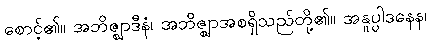
စောင့်၏။ အဘိဇ္ဈာဒီနံ၊ အဘိဇ္ဈာအစရှိသည်တို့၏။ အနူပ္ပါဒနေန၊